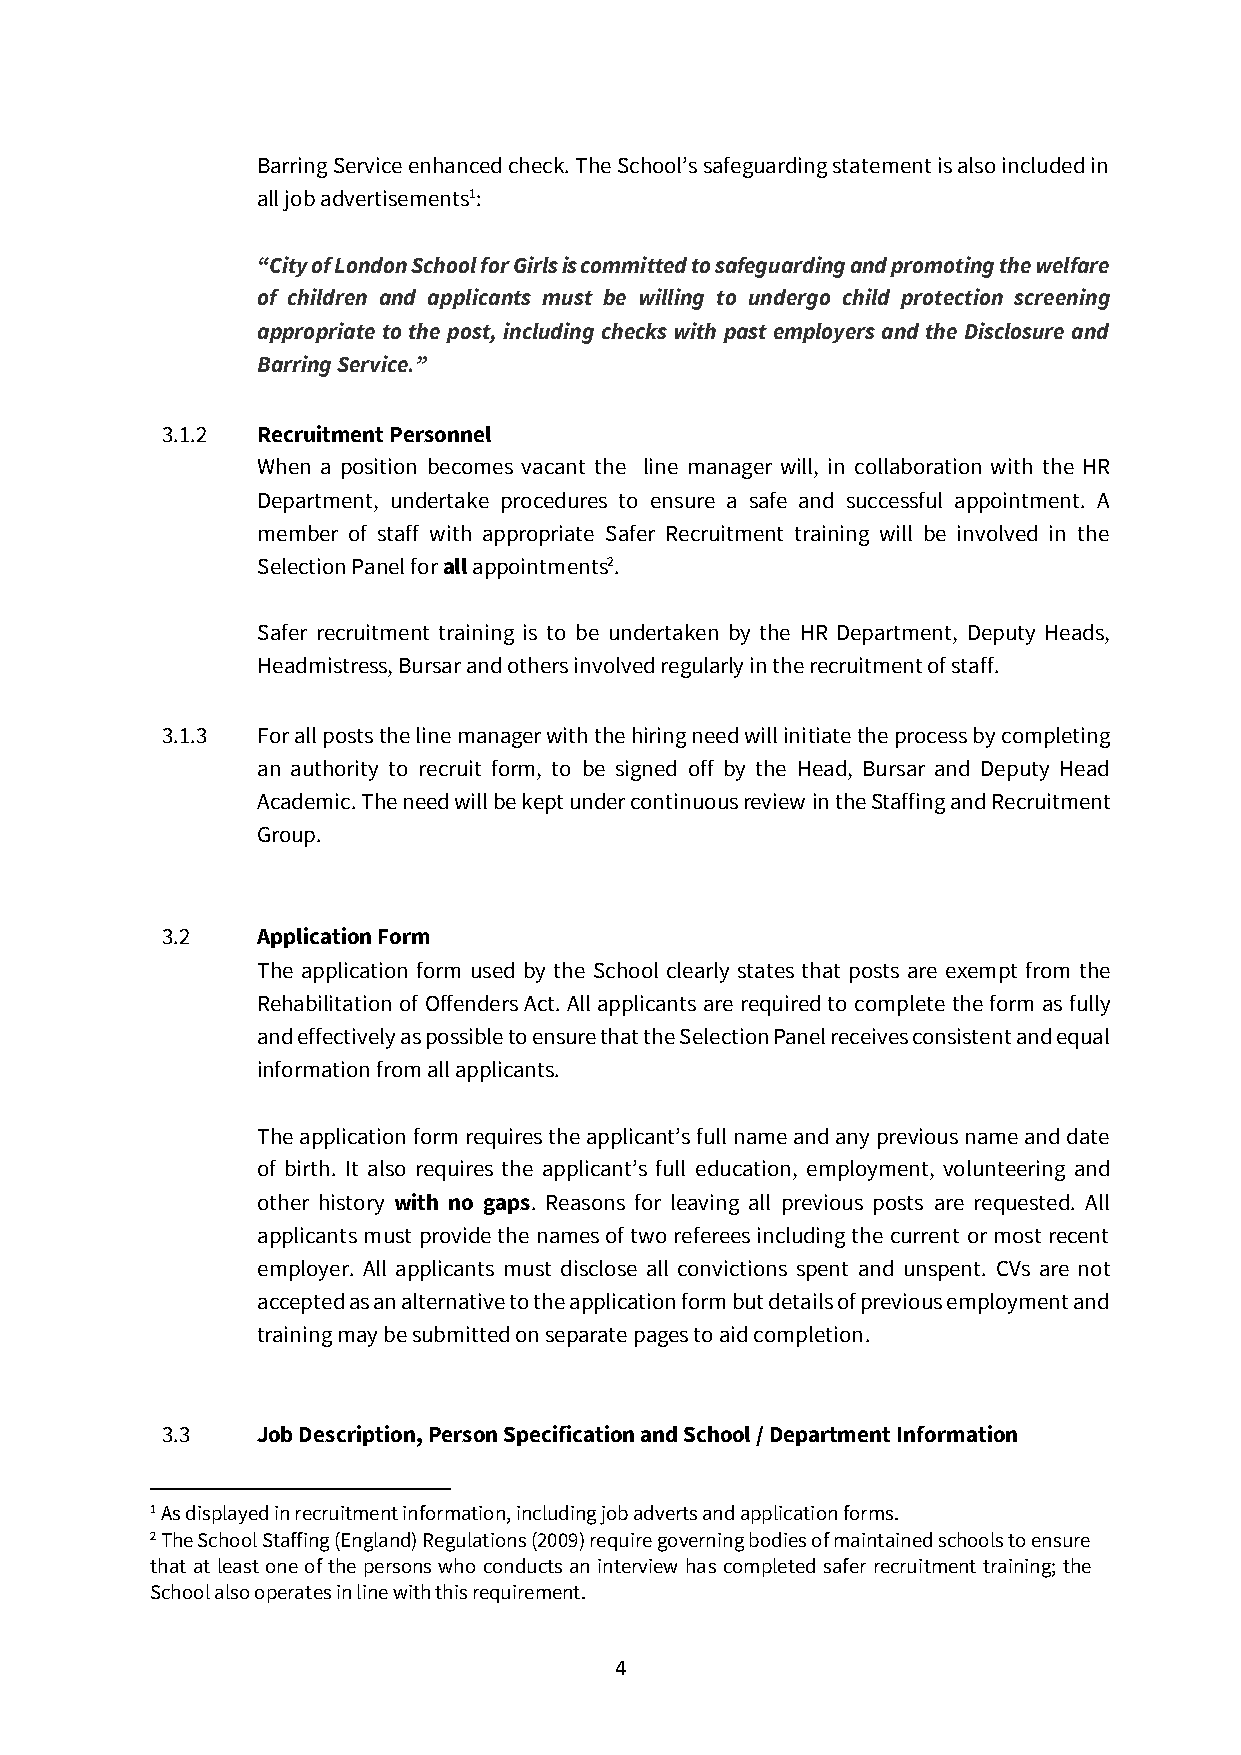
Barring Service enhanced check. The School’s safeguarding statement is also included in
 all job advertisements1:
 “City of London School for Girls is committed to safeguarding and promoting the welfare
 of children and applicants must be willing to undergo child protection screening
 appropriate to the post, including checks with past employers and the Disclosure and
 Barring Service.”
 3.1.2 Recruitment Personnel
 When a position becomes vacant the line manager will, in collaboration with the HR
 Department, undertake procedures to ensure a safe and successful appointment. A
 member of staff with appropriate Safer Recruitment training will be involved in the
 Selection Panel for all appointments2.
 Safer recruitment training is to be undertaken by the HR Department, Deputy Heads,
 Headmistress, Bursar and others involved regularly in the recruitment of staff.
 3.1.3 For all posts the line manager with the hiring need will initiate the process by completing
 an authority to recruit form, to be signed off by the Head, Bursar and Deputy Head
 Academic. The need will be kept under continuous review in the Staffing and Recruitment
 Group.
 3.2   Application Form
 The application form used by the School clearly states that posts are exempt from the
 Rehabilitation of Offenders Act. All applicants are required to complete the form as fully
 and effectively as possible to ensure that the Selection Panel receives consistent and equal
 information from all applicants.
 The application form requires the applicant’s full name and any previous name and date
 of birth. It also requires the applicant’s full education, employment, volunteering and
 other history with no gaps. Reasons for leaving all previous posts are requested. All
 applicants must provide the names of two referees including the current or most recent
 employer. All applicants must disclose all convictions spent and unspent. CVs are not
 accepted as an alternative to the application form but details of previous employment and
 training may be submitted on separate pages to aid completion.
 3.3   Job Description, Person Specification and School / Department Information
 1 As displayed in recruitment information, including job adverts and application forms.
 2 The School Staffing (England) Regulations (2009) require governing bodies of maintained schools to ensure
 that at least one of the persons who conducts an interview has completed safer recruitment training; the
 School also operates in line with this requirement.
 4